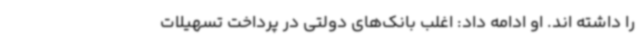
را داشته اند. او ادامه داد: اغلب بانک‌های دولتی در پرداخت تسهیلات